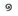
១